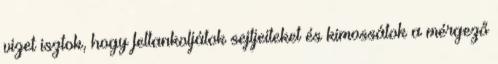
vizet isztok, hogy feltankoljátok sejtjeiteket és kimossátok a mérgező